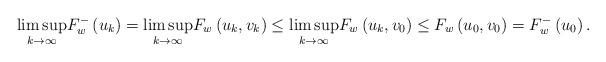
LaTeX: \begin{align*}\underset{k\rightarrow\infty}{\lim\sup}F_{w}^{-}\left( u_{k}\right)=\underset{k\rightarrow\infty}{\lim\sup}F_{w}\left( u_{k},v_{k}\right)\leq\underset{k\rightarrow\infty}{\lim\sup}F_{w}\left( u_{k},v_{0}\right)\leq F_{w}\left( u_{0},v_{0}\right) =F_{w}^{-}\left( u_{0}\right) .\end{align*}